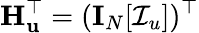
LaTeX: \mathbf{H}_{\mathbf{u}}^{\top}=(\mathbf{I}_{N}[\mathcal{I}_{u}])^{\top}